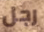
رجل